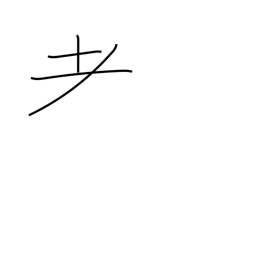
Meaning: variant of radical 125